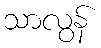
သာလွန်